Source: Handwritten
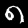
Digit: ၈ (8)